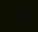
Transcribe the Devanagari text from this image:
उडु